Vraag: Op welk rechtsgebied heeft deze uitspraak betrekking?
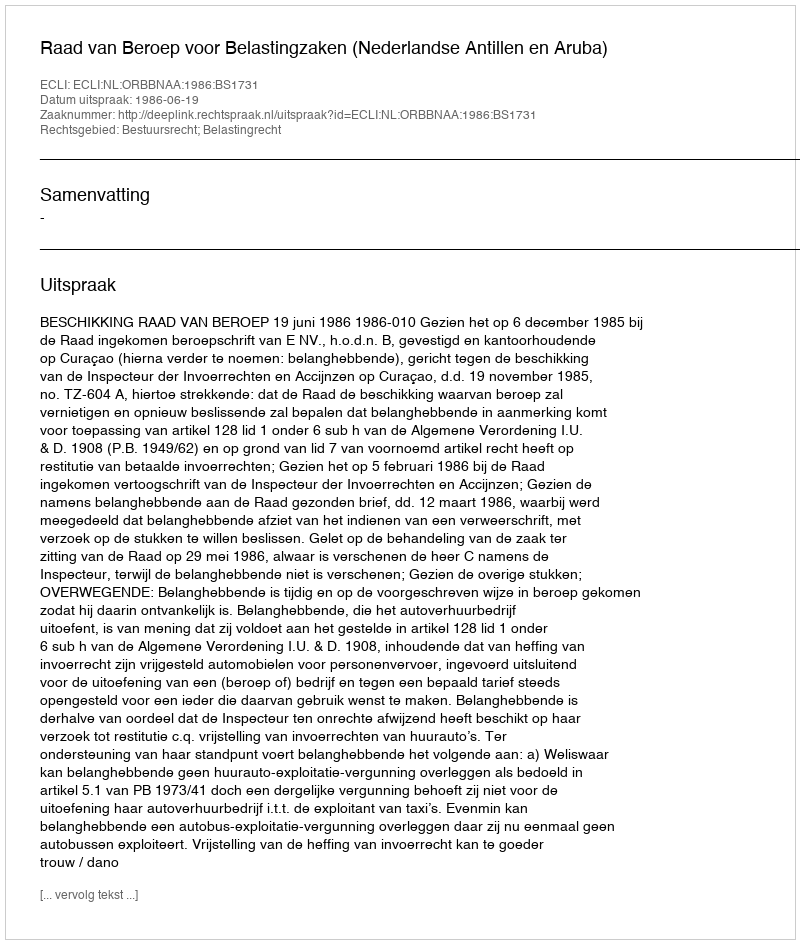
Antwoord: Bestuursrecht; Belastingrecht